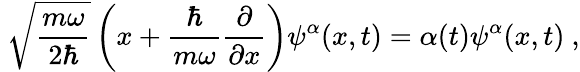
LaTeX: ~{\sqrt{\frac{m\omega}{2\hbar}}}\left(x+{\frac{\hbar}{m\omega}}{\frac{\partial}{\partial x}}\right)\psi^{\alpha}(x,t)=\alpha(t)\psi^{\alpha}(x,t)~,